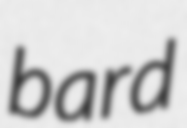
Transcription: bard